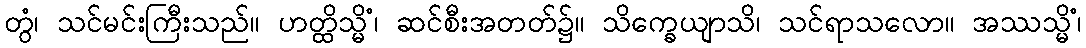
တွံ၊ သင်မင်းကြီးသည်။ ဟတ္ထိသ္မိံ၊ ဆင်စီးအတတ်၌။ သိက္ခေယျာသိ၊ သင်ရာသလော။ အဿသ္မိံ၊